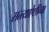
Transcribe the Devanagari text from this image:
सत्त्याऐंशीव्या